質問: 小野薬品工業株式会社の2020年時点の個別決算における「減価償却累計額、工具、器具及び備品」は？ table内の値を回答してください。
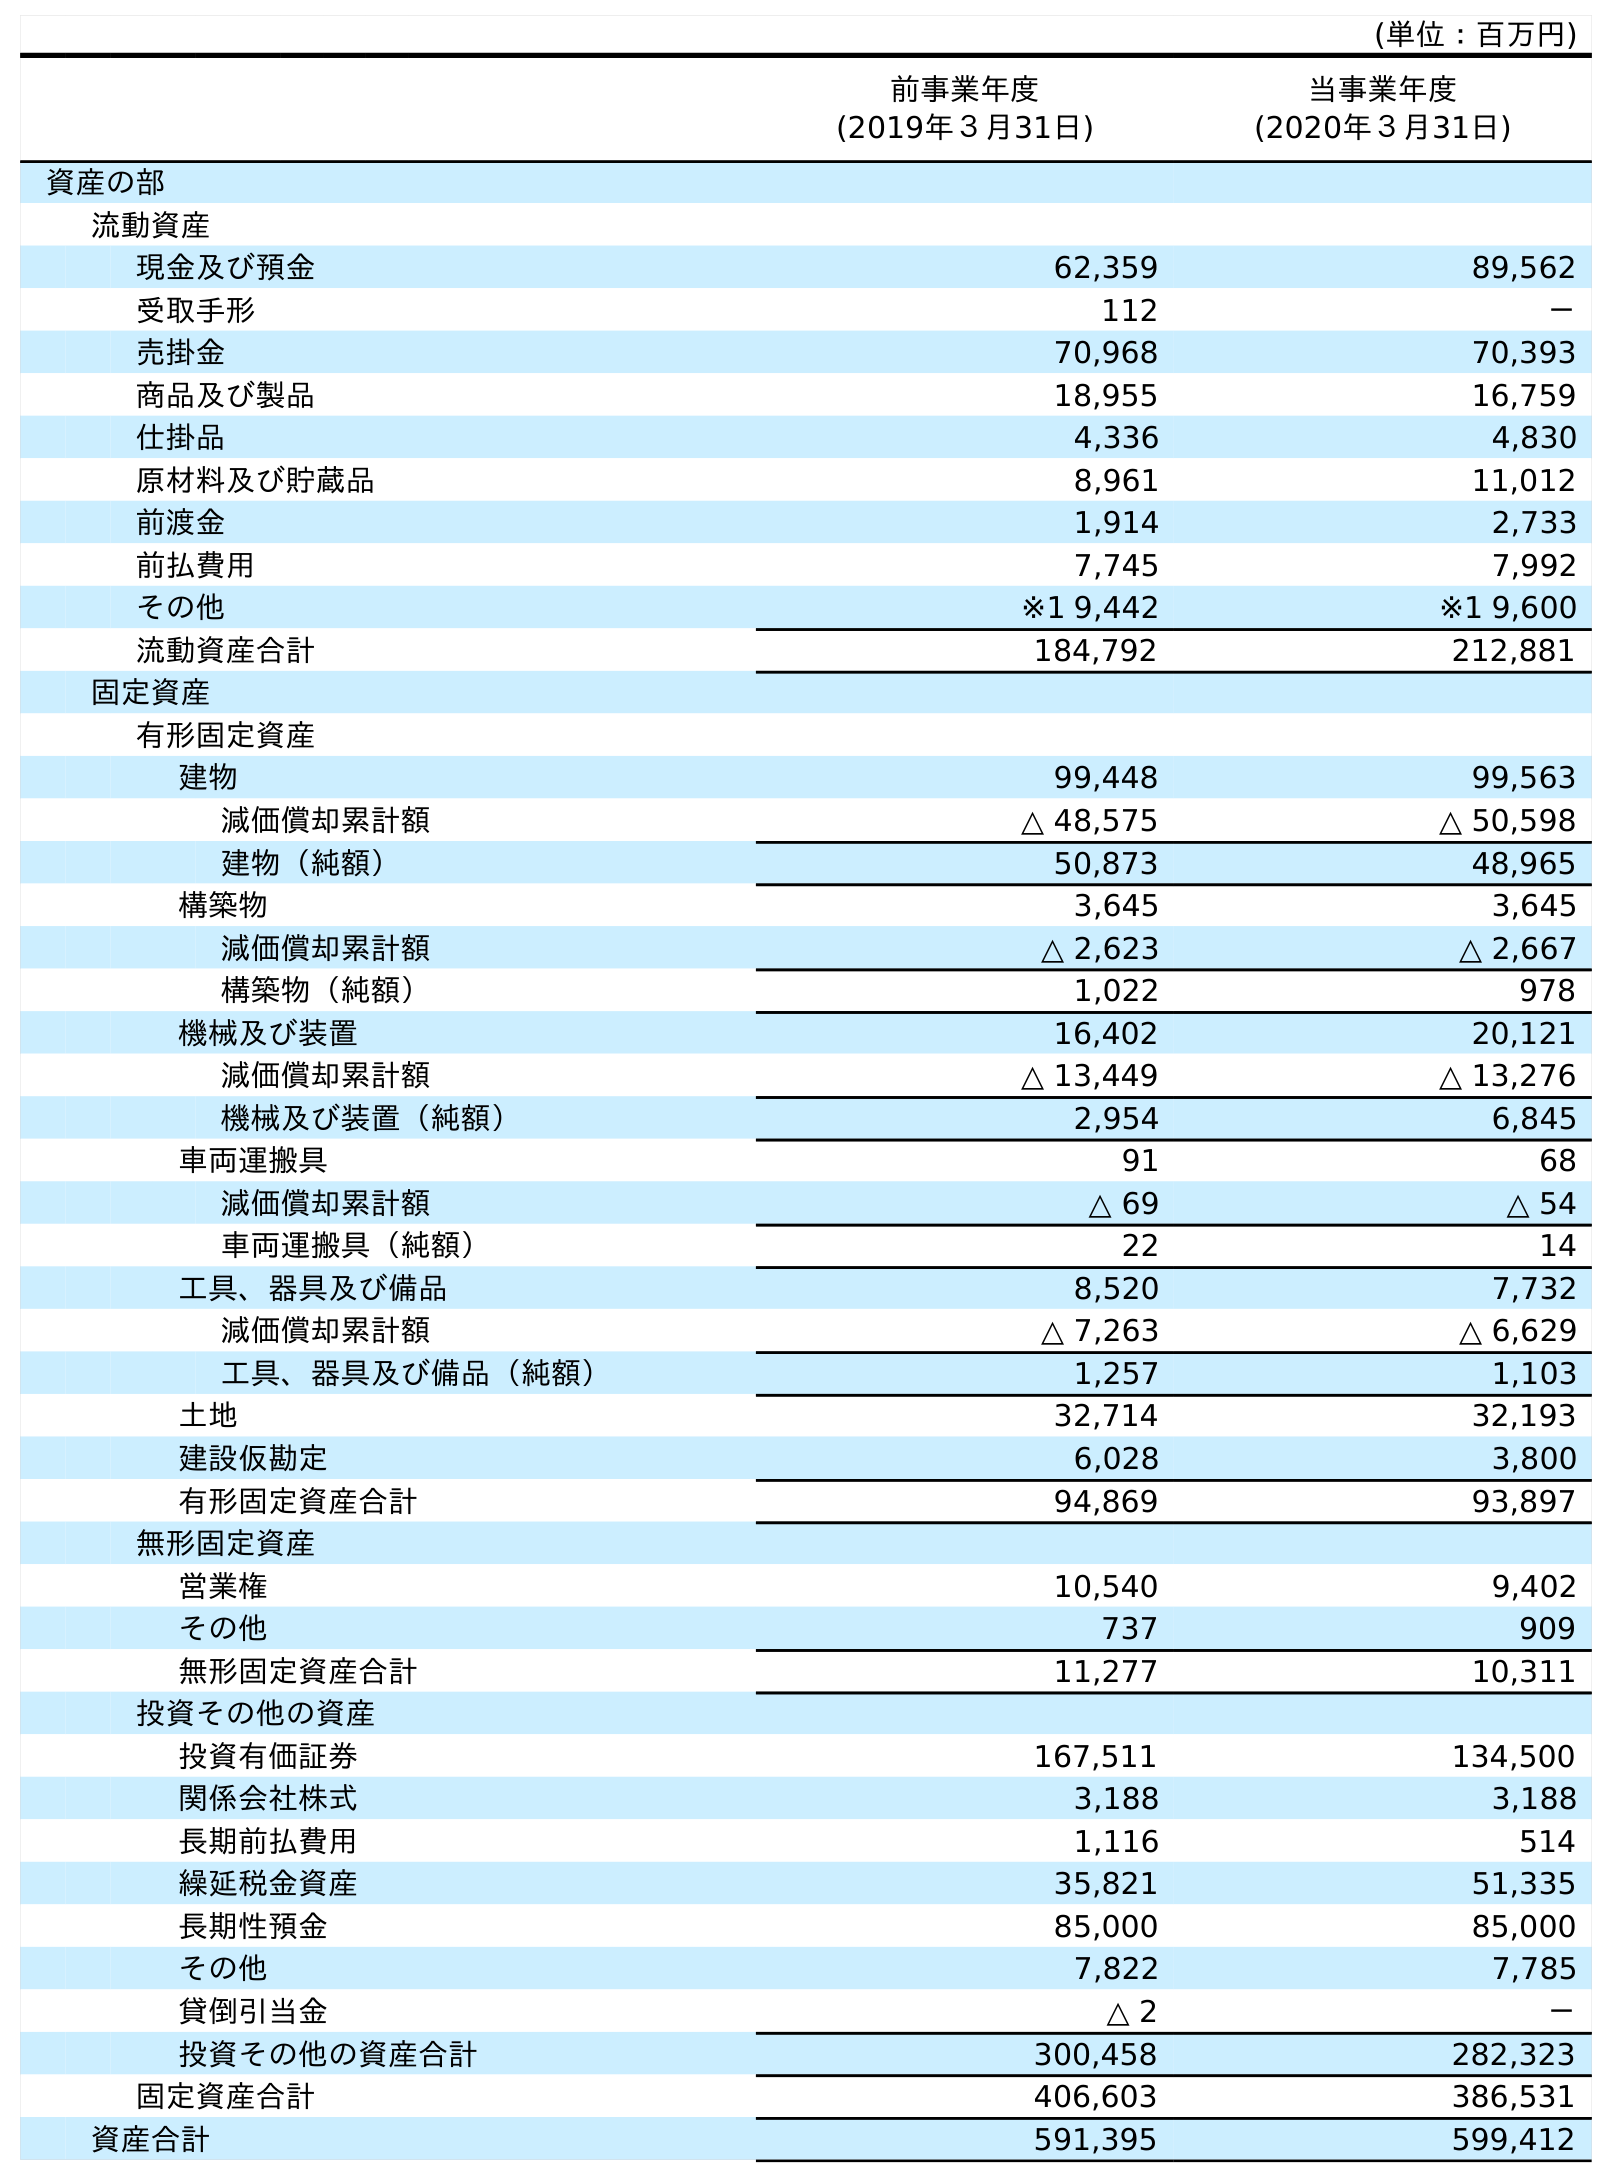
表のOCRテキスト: (単位：百万円) 前事業年度 (2019年３月31日) 当事業年度 (2020年３月31日) 資産の部 流動資産 現金及び預金 62,359 89,562 受取手形 112 － 売掛金 70,968 70,393 商品及び製品 18,955 16,759 仕掛品 4,336 4,830 原材料及び貯蔵品 8,961 11,012 前渡金 1,914 2,733 前払費用 7,745 7,992 その他 ※1 9,442 ※1 9,600 流動資産合計 184,792 212,881 固定資産 有形固定資産 建物 99,448 99,563 減価償却累計額 △ 48,575 △ 50,598 建物（純額） 50,873 48,965 構築物 3,645 3,645 減価償却累計額 △ 2,623 △ 2,667 構築物（純額） 1,022 978 機械及び装置 16,402 20,121 減価償却累計額 △ 13,449 △ 13,276 機械及び装置（純額） 2,954 6,845 車両運搬具 91 68 減価償却累計額 △ 69 △ 54 車両運搬具（純額） 22 14 工具、器具及び備品 8,520 7,732 減価償却累計額 △ 7,263 △ 6,629 工具、器具及び備品（純額） 1,257 1,103 土地 32,714 32,193 建設仮勘定 6,028 3,800 有形固定資産合計 94,869 93,897 無形固定資産 営業権 10,540 9,402 その他 737 909 無形固定資産合計 11,277 10,311 投資その他の資産 投資有価証券 167,511 134,500 関係会社株式 3,188 3,188 長期前払費用 1,116 514 繰延税金資産 35,821 51,335 長期性預金 85,000 85,000 その他 7,822 7,785 貸倒引当金 △ 2 － 投資その他の資産合計 300,458 282,323 固定資産合計 406,603 386,531 資産合計 591,395 599,412
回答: △6,629